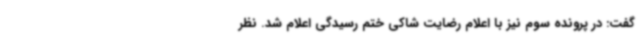
گفت: در پرونده سوم نیز با اعلام رضایت شاکی ختم رسیدگی اعلام شد. نظر